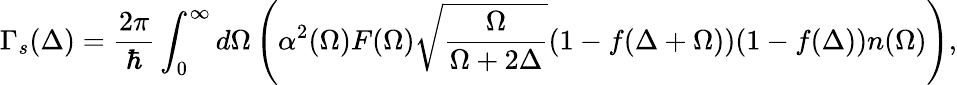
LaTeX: \Gamma_{s}(\Delta)=\frac{2\pi}{\hbar}\int_{0}^{\infty}d\Omega\left(\alpha^{2}(\Omega)F(\Omega)\sqrt{\frac{\Omega}{\Omega+2\Delta}}(1-f(\Delta+\Omega))(1-f(\Delta))n(\Omega)\right),